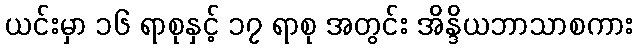
ယင်းမှာ ၁၆ ရာစုနှင့် ၁၇ ရာစု အတွင်း အိန္ဒိယဘာသာစကား